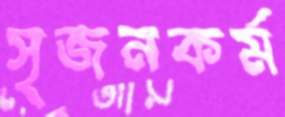
সৃজনকর্ম